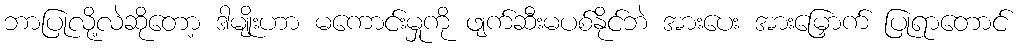
ဘာပြုလို့လဲဆိုတော့ ဒါမျိုးဟာ မကောင်းမှုကို ဖျက်ဆီးမပစ်နိုင်ဘဲ အားပေး အားမြှောက် ပြုရာတောင်